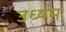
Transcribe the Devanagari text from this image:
उध्यम